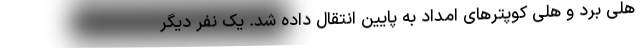
هلی برد و هلی کوپترهای امداد به پایین انتقال داده شد. یک نفر دیگر